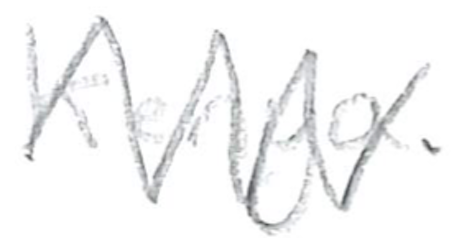
Text: Kenya.
Cross-out: zig-zag
Writing tool: pencil